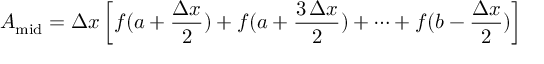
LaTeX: A _ { \mathrm { m i d } } = \Delta x \left[ f ( a + { \frac { \Delta x } { 2 } } ) + f ( a + { \frac { 3 \, \Delta x } { 2 } } ) + \cdots + f ( b - { \frac { \Delta x } { 2 } } ) \right]